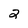
Character: 2